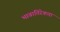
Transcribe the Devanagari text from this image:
भावातिरेकता